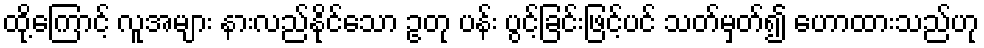
ထို့ကြောင့် လူအများ နားလည်နိုင်သော ဥတု ပန်း ပွင့်ခြင်းဖြင့်ပင် သတ်မှတ်၍ ဟောထားသည်ဟု